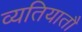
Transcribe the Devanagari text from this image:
व्यतियातौ